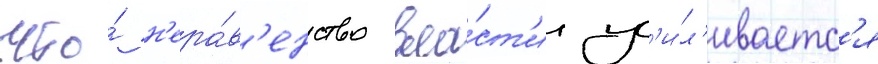
что́ н'ера́в'енство вла́ст'и ус'и́л'иваетс'я